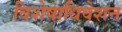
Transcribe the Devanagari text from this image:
विशेषाधिवेशन